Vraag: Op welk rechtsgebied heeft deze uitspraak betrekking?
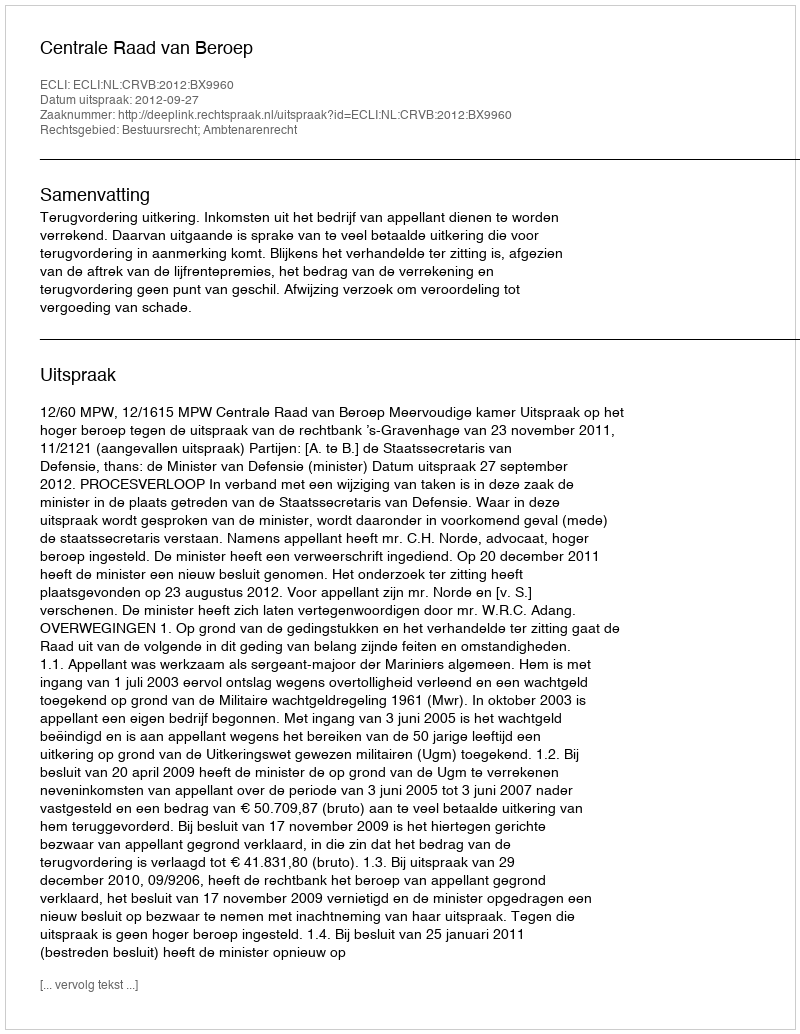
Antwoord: Bestuursrecht; Ambtenarenrecht